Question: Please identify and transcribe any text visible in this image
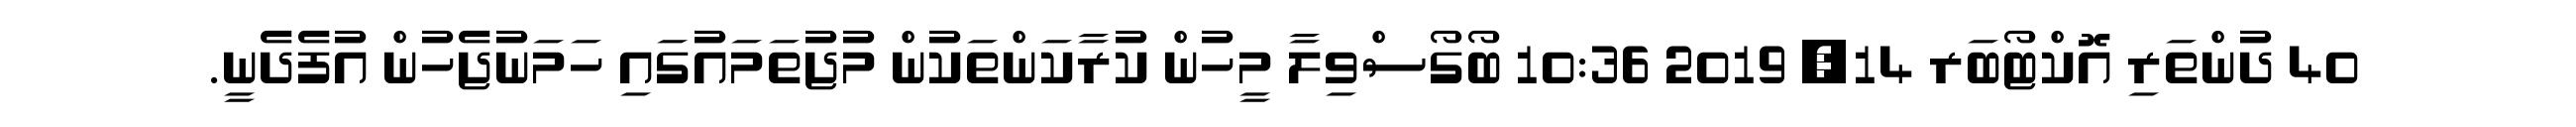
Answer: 40 ދުންތަރި އޮކްޓޯބަރ 14, 2019 10:36 ބޯގޯސްވިލާ މީހުން ކުރާކަންތަކުން މުޖުތަމައުގައި ހަމަނުޖެހުން އުފެދެނީ.